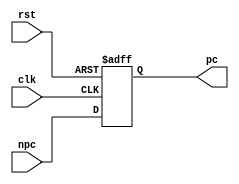
module pc(npc, pc, rst, clk);

  input clk, rst; // 
  input [31: 0] npc; // 32
  output reg [31: 0] pc;  // 32

  initial
    begin
        pc = 32'h3000;
    end

  always @(posedge clk or posedge rst) begin
    if (rst)
        begin
          pc = 32'h3000; // DO0
          // $display("(PC.v) pc: %h", pc);
        end
    else
        pc = npc;
  end

endmodule